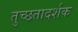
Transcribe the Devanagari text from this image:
तुच्छतादर्शक